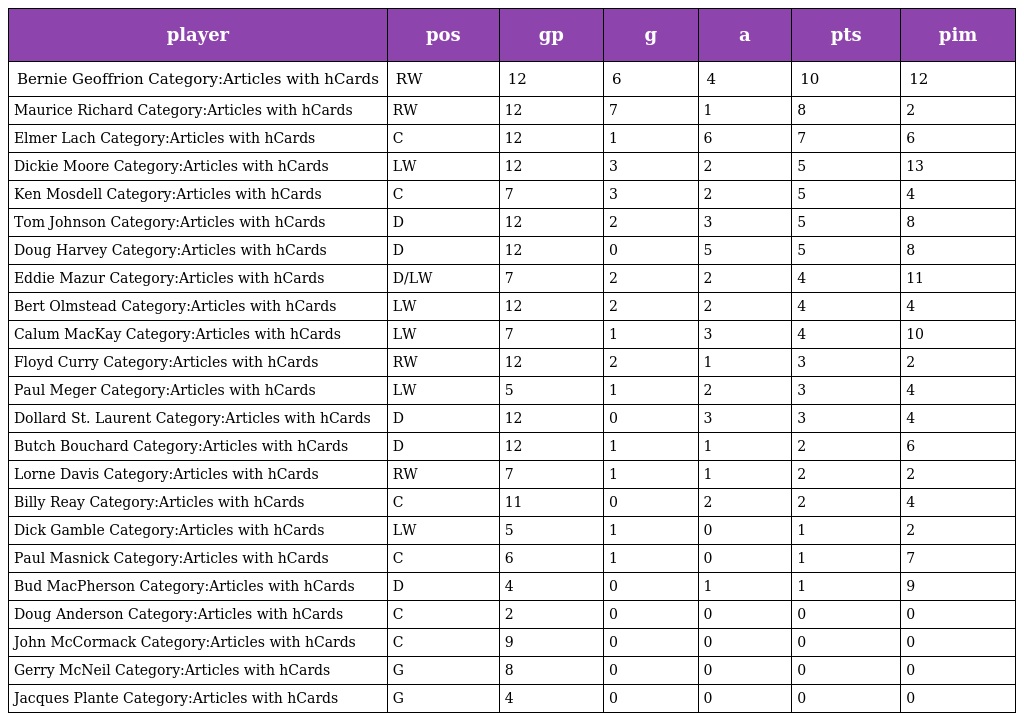
| player | pos | gp | g | a | pts | pim |
 | --- | --- | --- | --- | --- | --- | --- |
 | Bernie Geoffrion Category:Articles with hCards | RW | 12 | 6 | 4 | 10 | 12 |
 | Maurice Richard Category:Articles with hCards | RW | 12 | 7 | 1 | 8 | 2 |
 | Elmer Lach Category:Articles with hCards | C | 12 | 1 | 6 | 7 | 6 |
 | Dickie Moore Category:Articles with hCards | LW | 12 | 3 | 2 | 5 | 13 |
 | Ken Mosdell Category:Articles with hCards | C | 7 | 3 | 2 | 5 | 4 |
 | Tom Johnson Category:Articles with hCards | D | 12 | 2 | 3 | 5 | 8 |
 | Doug Harvey Category:Articles with hCards | D | 12 | 0 | 5 | 5 | 8 |
 | Eddie Mazur Category:Articles with hCards | D/LW | 7 | 2 | 2 | 4 | 11 |
 | Bert Olmstead Category:Articles with hCards | LW | 12 | 2 | 2 | 4 | 4 |
 | Calum MacKay Category:Articles with hCards | LW | 7 | 1 | 3 | 4 | 10 |
 | Floyd Curry Category:Articles with hCards | RW | 12 | 2 | 1 | 3 | 2 |
 | Paul Meger Category:Articles with hCards | LW | 5 | 1 | 2 | 3 | 4 |
 | Dollard St. Laurent Category:Articles with hCards | D | 12 | 0 | 3 | 3 | 4 |
 | Butch Bouchard Category:Articles with hCards | D | 12 | 1 | 1 | 2 | 6 |
 | Lorne Davis Category:Articles with hCards | RW | 7 | 1 | 1 | 2 | 2 |
 | Billy Reay Category:Articles with hCards | C | 11 | 0 | 2 | 2 | 4 |
 | Dick Gamble Category:Articles with hCards | LW | 5 | 1 | 0 | 1 | 2 |
 | Paul Masnick Category:Articles with hCards | C | 6 | 1 | 0 | 1 | 7 |
 | Bud MacPherson Category:Articles with hCards | D | 4 | 0 | 1 | 1 | 9 |
 | Doug Anderson Category:Articles with hCards | C | 2 | 0 | 0 | 0 | 0 |
 | John McCormack Category:Articles with hCards | C | 9 | 0 | 0 | 0 | 0 |
 | Gerry McNeil Category:Articles with hCards | G | 8 | 0 | 0 | 0 | 0 |
 | Jacques Plante Category:Articles with hCards | G | 4 | 0 | 0 | 0 | 0 |